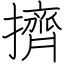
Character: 擠